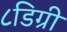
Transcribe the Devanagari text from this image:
८डिग्री